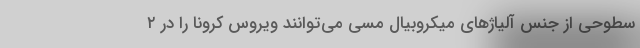
سطوحی از جنس آلیاژهای میکروبیال مسی می‌توانند ویروس کرونا را در ۲